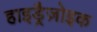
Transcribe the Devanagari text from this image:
हाइड्रैज़ोइक